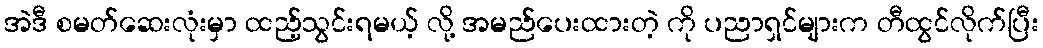
အဲဒီ စမတ်ဆေးလုံးမှာ ထည့်သွင်းရမယ့် လို့ အမည်ပေးထားတဲ့ ကို ပညာရှင်များက တီထွင်လိုက်ပြီး